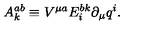
A _ { k } ^ { a b } \equiv V ^ { \mu a } E _ { i } ^ { b k } \partial _ { \mu } q ^ { i } .